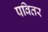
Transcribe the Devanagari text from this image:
पवितर